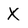
Character: x